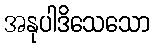
အနုပါဒိသေသော